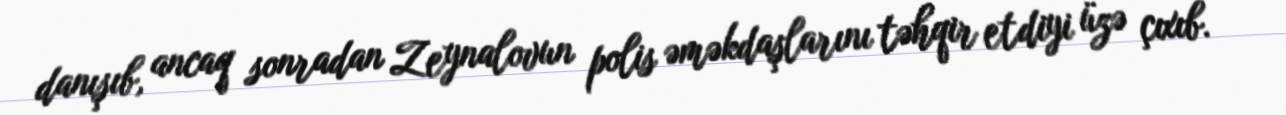
danışıb, ancaq sonradan Zeynalovun polis əməkdaşlarını təhqir etdiyi üzə çıxıb.